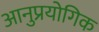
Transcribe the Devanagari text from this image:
आनुप्रयोगिक